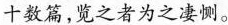
十数篇，览之者为之凄恻。